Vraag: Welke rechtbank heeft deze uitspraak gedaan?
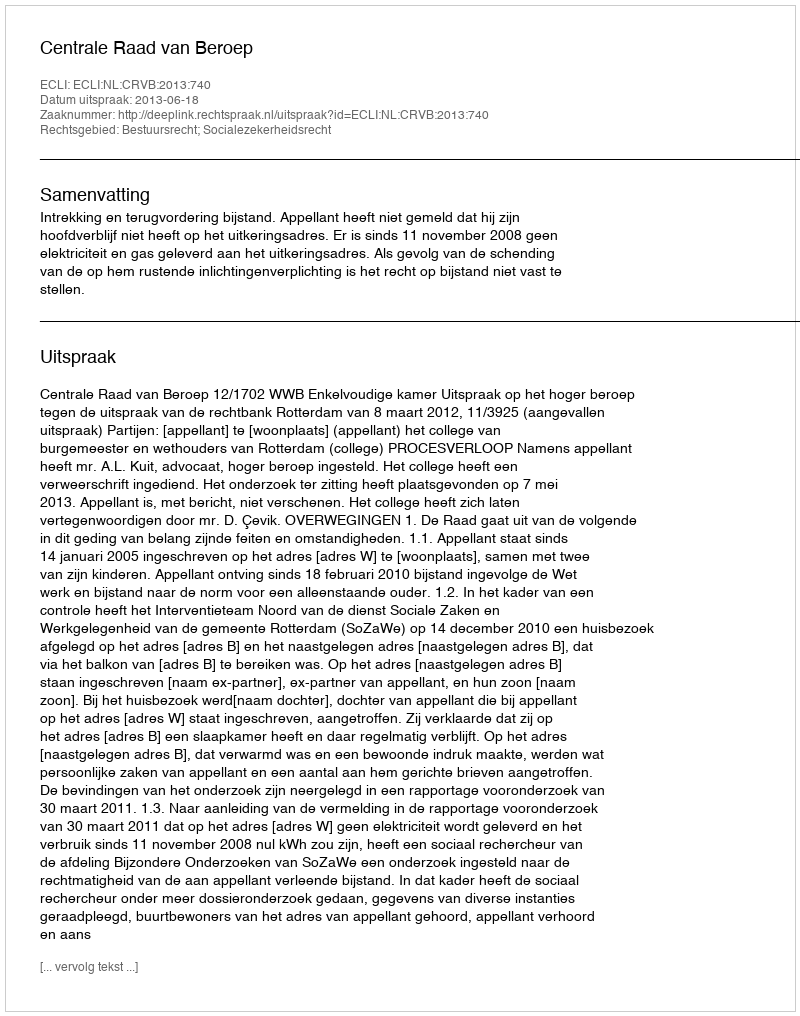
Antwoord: Centrale Raad van Beroep